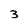
Character: 3